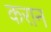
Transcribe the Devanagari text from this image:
करान